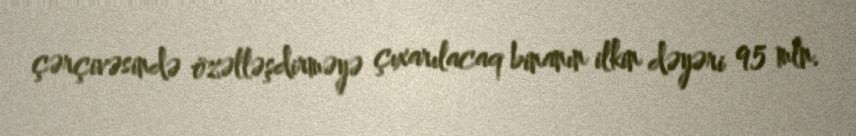
çərçivəsində özəlləşdirməyə çıxarılacaq binanın ilkin dəyəri 95 mln.